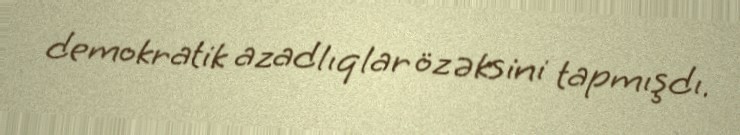
demokratik azadlıqlar öz əksini tapmışdı.